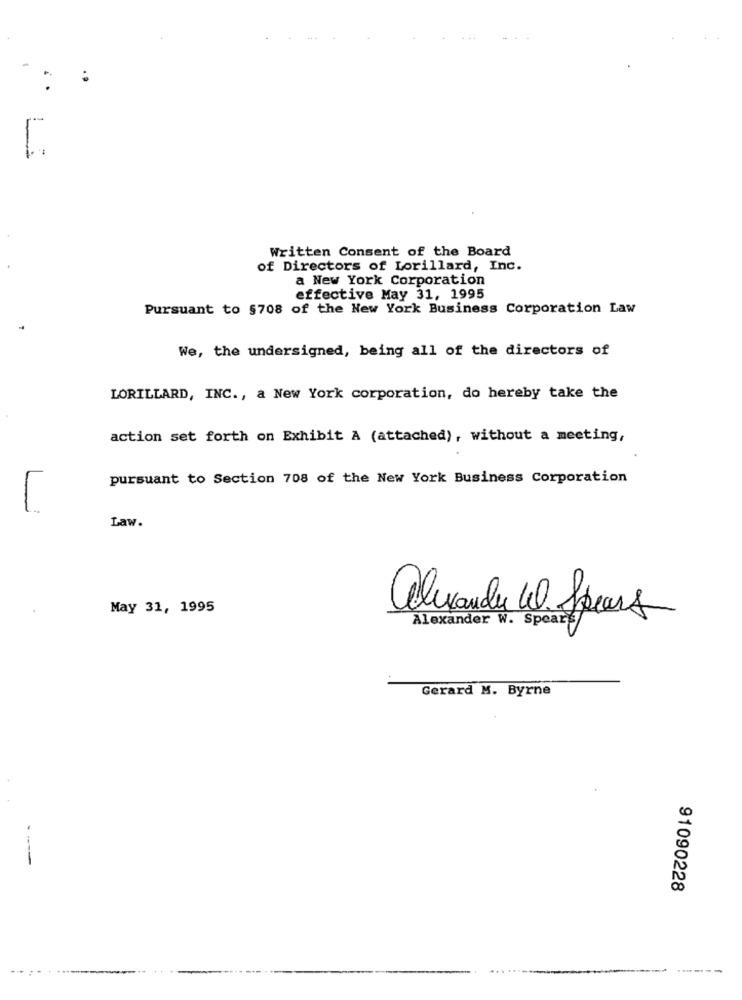
Written Consent of the Board
of Directors of Lorillard, Inc.
a New York Corporation
effective May 31, 1995
Pursuant to 5708 of the New York Business Corporation Law
We, the undersigned, being all of the directors of
LORILLARD, INC ., a New York corporation, do hereby take the
action set forth on Exhibit A (attached), without a meeting,
pursuant to Section 708 of the New York Business Corporation
L
Law.
May 31, 1995
alexandy W. Spears
Alexander W. Spears
Gerard M. Byrne
--
91090228